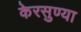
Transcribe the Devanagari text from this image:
केरसुण्या